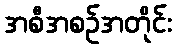
အစီအစဉ်အတိုင်း